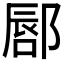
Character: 𫑥